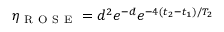
\eta _ { \mathrm { ~ R ~ O ~ S ~ E ~ } } = d ^ { 2 } e ^ { - d } e ^ { - 4 ( t _ { 2 } - t _ { 1 } ) / T _ { 2 } }